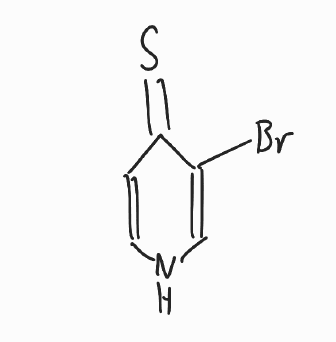
Simplified molecular-input line-entry system (SMILES) notation of the given molecule:
C1=CNC=C(C1=S)Br